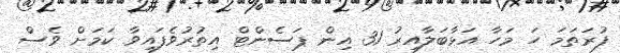
ފުރަތަމަ ހަ މަހާ އަޅާބަލާއިރު 31 އިން ޕަސެންޓް އިތުރުވެފައިވާ ކަމަށް ވެސް